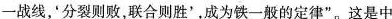
一战线，‘分裂则败，联合则胜’，成为铁一般的定律。这是中